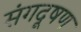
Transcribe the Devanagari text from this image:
संगदूषण